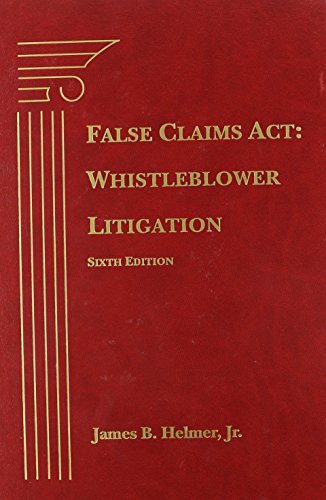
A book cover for False Claims Act: Whistleblower Litigation, Sixth Edition; James B. Helmer; Law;